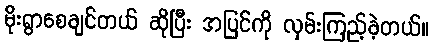
မိုးရွာစေချင်တယ် ဆိုပြီး အပြင်ကို လှမ်းကြည့်ခဲ့တယ်။